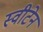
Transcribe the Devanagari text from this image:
स्वीटेन